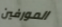
المورفين